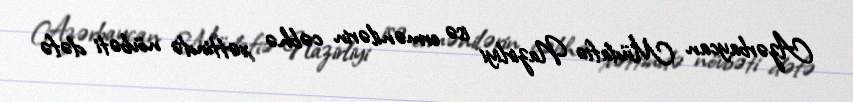
Azərbaycan Müdafiə Nazirliyi isə ermənilərin cəbhə xəttində növbəti dəfə